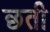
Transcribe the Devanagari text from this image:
छती